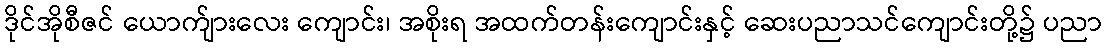
ဒိုင်အိုစီဇင် ယောက်ျားလေး ကျောင်း၊ အစိုးရ အထက်တန်းကျောင်းနှင့် ဆေးပညာသင်ကျောင်းတို့၌ ပညာ